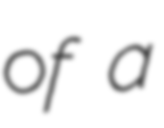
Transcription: of a